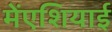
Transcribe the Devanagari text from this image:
मेंएशियाई